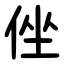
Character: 侳